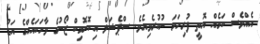
އެއްވެސް ކަމެއް އޮތީ ފުރިހަމަ ނުކުރެވިއެވެ. ސްޕެޝަލް އިކޮނޮމިކް ޒޯނުގެ ވާހަކައެއްގެ އަޑު